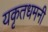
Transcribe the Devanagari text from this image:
यकृतधमनी